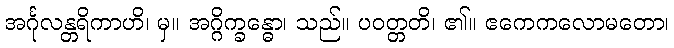
အင်္ဂုလန္တရိကာဟိ၊ မှ။ အဂ္ဂိက္ခန္ဓော၊ သည်။ ပဝတ္တတိ၊ ၏။ ဧကေကလောမတော၊